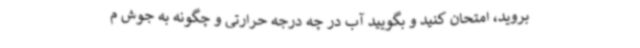
بروید، امتحان کنید و بگویید آب در چه درجه حرارتی و چگونه به جوش م